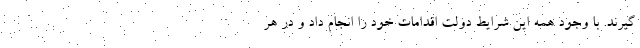
گیرند. با وجود همه این شرایط دولت اقدامات خود را انجام داد و در هر